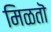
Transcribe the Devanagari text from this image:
मिळतॊ